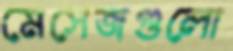
মেসেজগুলো